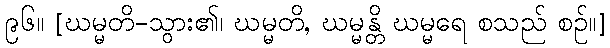
၉၆။ [ဃမ္မတိ-သွား၏၊ ဃမ္မတိ, ဃမ္မန္တိ ဃမ္မရေ စသည် စဉ်။]